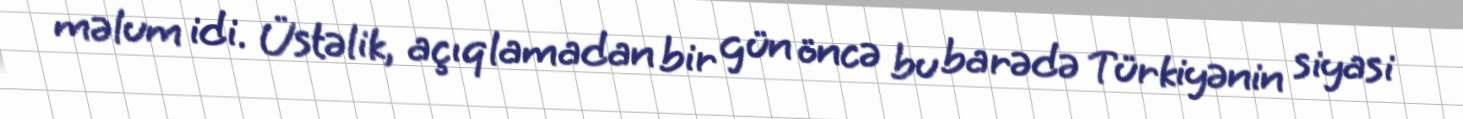
məlum idi. Üstəlik, açıqlamadan bir gün öncə bu barədə Türkiyənin siyasi